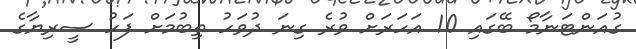
ގުއަންޓަނާމޯ ބޭގައި 10 އަހަރަށް ވުރެ ގިނަ ދުވަހު ތިބުމަށް ފަހު ސީރިޔާގެ